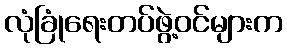
လုံခြုံရေးတပ်ဖွဲ့ဝင်များက